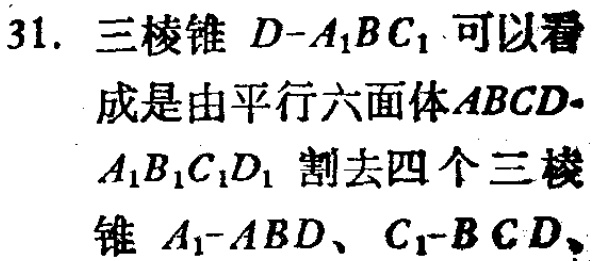
31. 三棱锥 \(D - A_{1}BC_{1}\) 可以看成是由平行六面体 \(ABCD - A_{1}B_{1}C_{1}D_{1}\) 割去四个三棱锥 \(A_{1}-ABD\)、\(C_{1}-BCD\)、